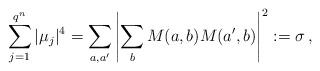
LaTeX: \begin{align*} \sum_{j=1}^{q^n} |\mu_j|^4 = \sum_{a,a'} \left| \sum_{b} M(a,b) M(a',b) \right|^2 := \sigma \,,\end{align*}